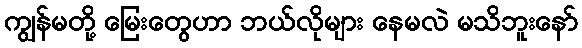
ကျွန်မတို့ မြေးတွေဟာ ဘယ်လိုများ နေမလဲ မသိဘူးနော်